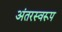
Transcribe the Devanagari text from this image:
अंतरस्वरूप